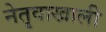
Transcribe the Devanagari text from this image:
नेतृवाखाली